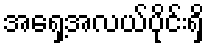
အရှေ့အလယ်ပိုင်းရှိ